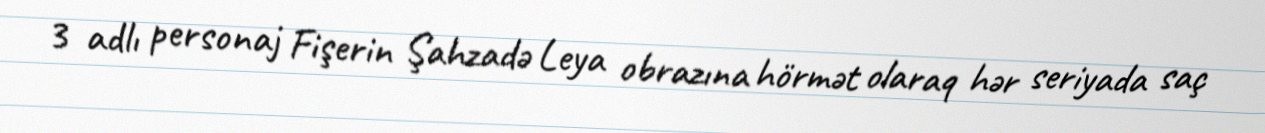
3 adlı personaj Fişerin Şahzadə Leya obrazına hörmət olaraq hər seriyada saç